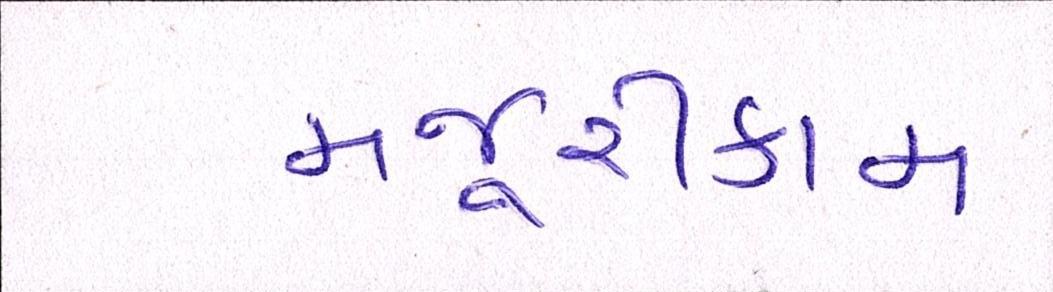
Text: મજૂરીકામ